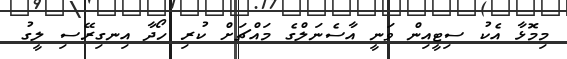
މިމޮޅާ އެކު ސިޓީއިން ވަނީ އާސެނަލްގެ މައްޗަށް ކުރި ހޯދާ އިނގިރޭސި ލީގު